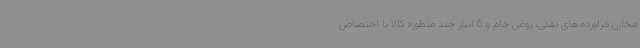
مخازن فراورده های نفتی، روغن خام و 6 انبار چند منظوره کالا با اختصاص